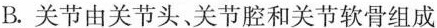
B. 关节由关节头、关节腔和关节软骨组成